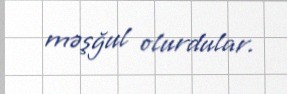
məşğul olurdular.